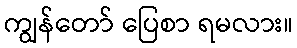
ကျွန်တော် ပြေစာ ရမလား။